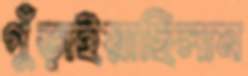
গুঁড়াইয়াছিলাম